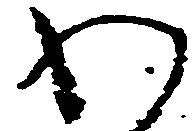
わ